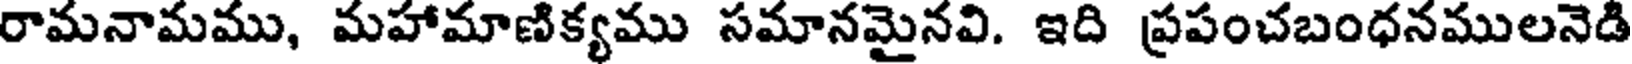
రామనామము, మహామాణిక్యము సమానమైనవి. ఇది ప్రపంచబంధనములనెడి